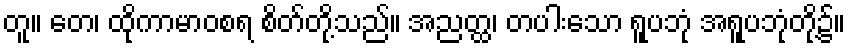
တူ။ တေ၊ ထိုကာမာဝစရ စိတ်တို့သည်။ အညတ္ထ၊ တပါးသော ရူပဘုံ အရူပဘုံတို့၌။